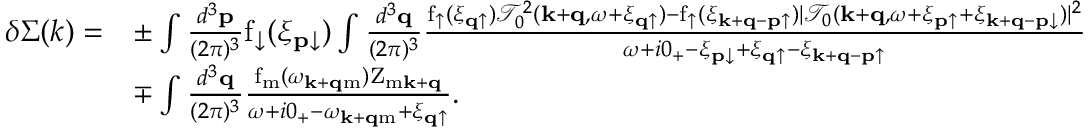
\begin{array} { r l } { \delta \Sigma ( k ) = } & { \pm \int \frac { d ^ { 3 } \mathbf { p } } { ( 2 \pi ) ^ { 3 } } \mathrm { f } _ { \downarrow } ( \xi _ { \mathbf { p } \downarrow } ) \int \frac { d ^ { 3 } \mathbf { q } } { ( 2 \pi ) ^ { 3 } } \frac { \mathrm { f } _ { \uparrow } ( \xi _ { \mathbf { q } \uparrow } ) \mathcal { T } _ { 0 } ^ { 2 } ( \mathbf { k } + \mathbf { q } , \omega + \xi _ { \mathbf { q } \uparrow } ) - \mathrm { f } _ { \uparrow } ( \xi _ { \mathbf { k } + \mathbf { q } - \mathbf { p } \uparrow } ) | \mathcal { T } _ { 0 } ( \mathbf { k } + \mathbf { q } , \omega + \xi _ { \mathbf { p } \uparrow } + \xi _ { \mathbf { k } + \mathbf { q } - \mathbf { p } \downarrow } ) | ^ { 2 } } { \omega + i 0 _ { + } - \xi _ { \mathbf { p } \downarrow } + \xi _ { \mathbf { q } \uparrow } - \xi _ { \mathbf { k } + \mathbf { q } - \mathbf { p } \uparrow } } } \\ & { \mp \int \frac { d ^ { 3 } \mathbf { q } } { ( 2 \pi ) ^ { 3 } } \frac { \mathrm { f } _ { \mathrm { m } } ( \omega _ { \mathbf { k } + \mathbf { q } \mathrm { m } } ) \mathrm { Z } _ { \mathrm { m } \mathbf { k } + \mathbf { q } } } { \omega + i 0 _ { + } - \omega _ { \mathbf { k } + \mathbf { q } \mathrm { m } } + \xi _ { \mathbf { q } \uparrow } } . } \end{array}